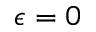
\epsilon = 0